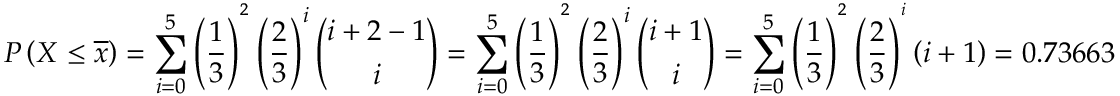
P \left( X \le \overline { { x } } \right) = \sum _ { i = 0 } ^ { 5 } \left( \frac { 1 } { 3 } \right) ^ { ^ 2 } \left( \frac { 2 } { 3 } \right) ^ { i } \binom { i + 2 - 1 } { i } = \sum _ { i = 0 } ^ { 5 } \left( \frac { 1 } { 3 } \right) ^ { ^ 2 } \left( \frac { 2 } { 3 } \right) ^ { i } \binom { i + 1 } { i } = \sum _ { i = 0 } ^ { 5 } \left( \frac { 1 } { 3 } \right) ^ { ^ 2 } \left( \frac { 2 } { 3 } \right) ^ { ^ i } \left( i + 1 \right) = 0 . 7 3 6 6 3